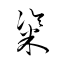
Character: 粢